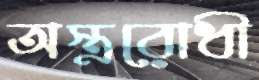
অস্ত্ররোধী